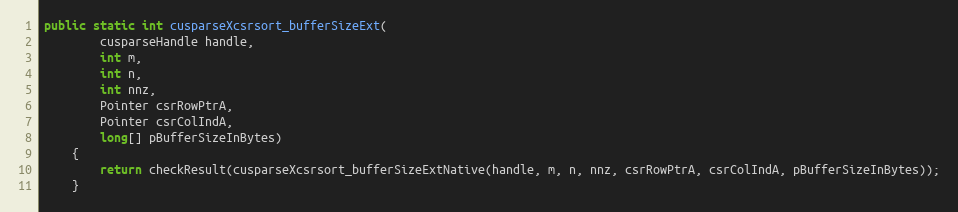
Language: Java
public static int cusparseXcsrsort_bufferSizeExt(
        cusparseHandle handle,
        int m,
        int n,
        int nnz,
        Pointer csrRowPtrA,
        Pointer csrColIndA,
        long[] pBufferSizeInBytes)
    {
        return checkResult(cusparseXcsrsort_bufferSizeExtNative(handle, m, n, nnz, csrRowPtrA, csrColIndA, pBufferSizeInBytes));
    }